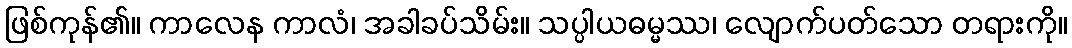
ဖြစ်ကုန်၏။ ကာလေန ကာလံ၊ အခါခပ်သိမ်း။ သပ္ပါယဓမ္မဿ၊ လျောက်ပတ်သော တရားကို။